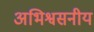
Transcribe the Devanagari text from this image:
अभिश्वसनीय